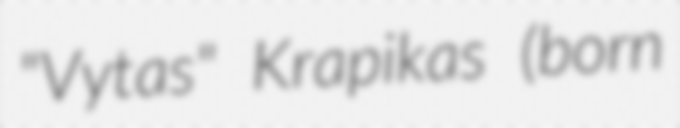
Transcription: "Vytas" Krapikas (born